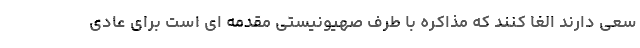
سعی دارند الغا کنند که مذاکره با طرف صهیونیستی مقدمه ای است برای عادی